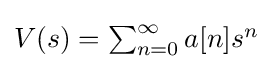
\textstyle V(s)=\sum _{n=0}^{\infty }a[n]s^{n}